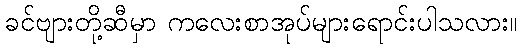
ခင်ဗျားတို့ဆီမှာ ကလေးစာအုပ်များရောင်းပါသလား။